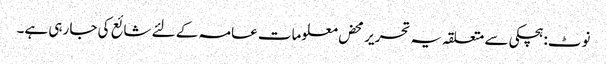
نوٹ: ہچکی سے متعلقہ یہ تحریر محض معلومات عامہ کے لئے شائع کی جا رہی ہے۔